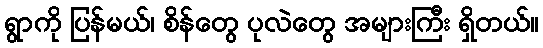
ရွာကို ပြန်မယ်၊ စိန်တွေ ပုလဲတွေ အများကြီး ရှိတယ်။